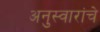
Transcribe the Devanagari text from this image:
अनुस्वारांचे